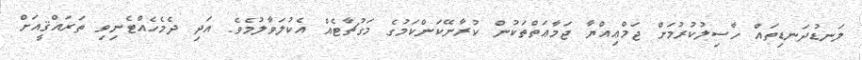
ލަނޑުދަނޑިތައް ހާސިލުކުރުމަށް ޖަމްޢިއްޔާ ޖަމާޢަތްތަކުން ކުރާނޭކަންކަމުގެ މަގުޗާޓެއް އެކުލަވާލުމެވެ. އަދި ދެމެހެއްޓެނިވި ތަރައްޤީއަށް